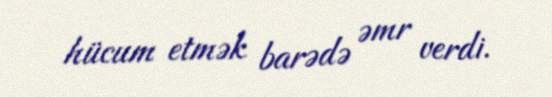
hücum etmək barədə əmr verdi.